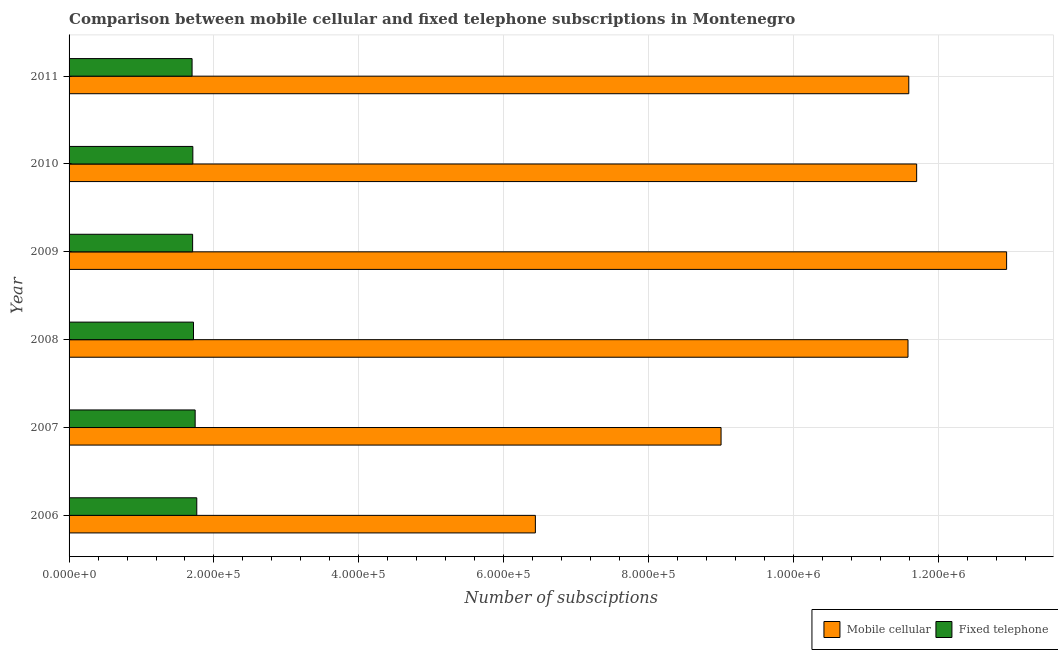
| Year | Mobile cellular | Fixed telephone |
 | --- | --- | --- |
 | 2006 | 6.44e+05 | 1.76e+05 |
 | 2007 | 9e+05 | 1.74e+05 |
 | 2008 | 1.16e+06 | 1.72e+05 |
 | 2009 | 1.29e+06 | 1.71e+05 |
 | 2010 | 1.17e+06 | 1.71e+05 |
 | 2011 | 1.16e+06 | 1.7e+05 |